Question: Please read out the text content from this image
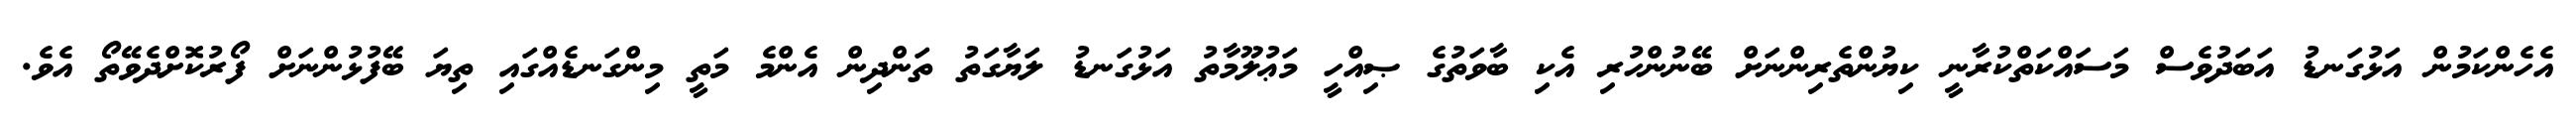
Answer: އެހެންކަމުން އަޅުގަނޑު އަބަދުވެސް މަސައްކަތްކުރާނީ ކިޔުންތެރިންނަށް ބޭނުންހުރި އެކި ބާވަތުގެ ޞިއްހީ މަޢުލޫމާތު އަޅުގަނޑު ލަޔާގަތު ތަންދިން އެންމެ މަތީ މިންގަނޑެއްގައި ތިޔަ ބޭފުޅުންނަށް ފޯރުކޮށްދެވޭތޯ އެވެ.